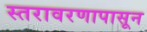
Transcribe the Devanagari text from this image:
स्तरावरणापासून